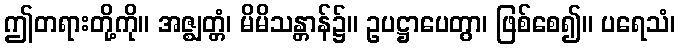
ဤတရားတို့ကို။ အဇ္ဈတ္တံ၊ မိမိသန္တာန်၌။ ဥပဋ္ဌာပေတွာ၊ ဖြစ်စေ၍။ ပရေသံ၊